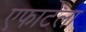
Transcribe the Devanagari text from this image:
एफाटेला